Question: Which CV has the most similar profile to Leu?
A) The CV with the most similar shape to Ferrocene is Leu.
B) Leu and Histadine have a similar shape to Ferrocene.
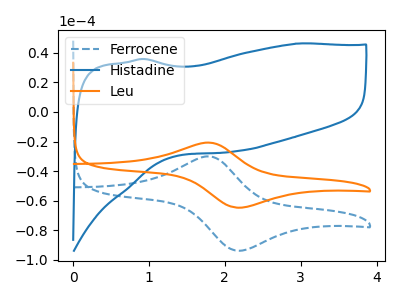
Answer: <think>The blue dashed curve "Ferrocene" has an anodic peak at (1.80V, -30.05uA) and a cathodic peak at (2.15V, -93.80uA). The blue curve "Histadine" has no peaks. The orange curve "Leu" has an anodic peak at (1.80V, -20.70uA) and a cathodic peak at (2.15V, -64.70uA).
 "Ferrocene" and "Histadine" have a different number of peaks. All the peaks in "Ferrocene" have a peak in "Leu" at the same potential. "Histadine" and "Leu" have a different number of peaks.</think>
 <answer>A) The CV with the most similar shape to "Ferrocene" is "Leu".</answer>
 <eval>A</eval>